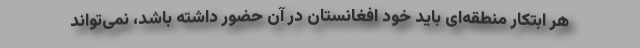
هر ابتکار منطقه‌ای باید خود افغانستان در آن حضور داشته باشد، نمی‌تواند